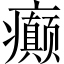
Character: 癫